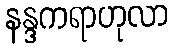
နန္ဒကရာဟုလာ